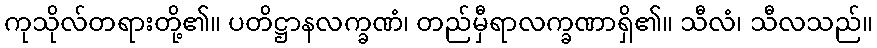
ကုသိုလ်တရားတို့၏။ ပတိဋ္ဌာနလက္ခဏံ၊ တည်မှီရာလက္ခဏာရှိ၏။ သီလံ၊ သီလသည်။